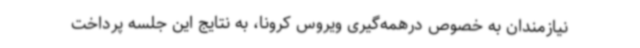
نیازمندان به خصوص درهمه‌گیری ویروس کرونا، به نتایج این جلسه پرداخت